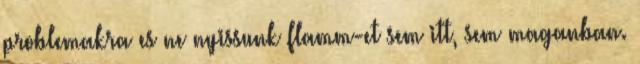
problemakra es ne nyissunk flamm-et sem itt, sem maganban.